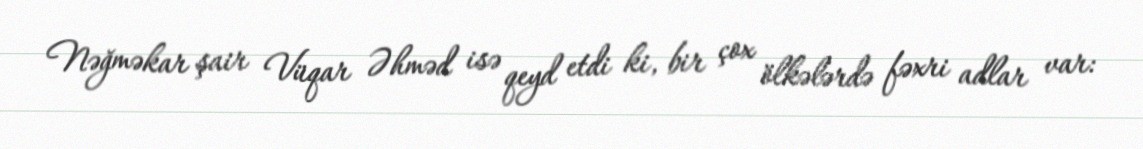
Nəğməkar şair Vüqar Əhməd isə qeyd etdi ki, bir çox ölkələrdə fəxri adlar var: